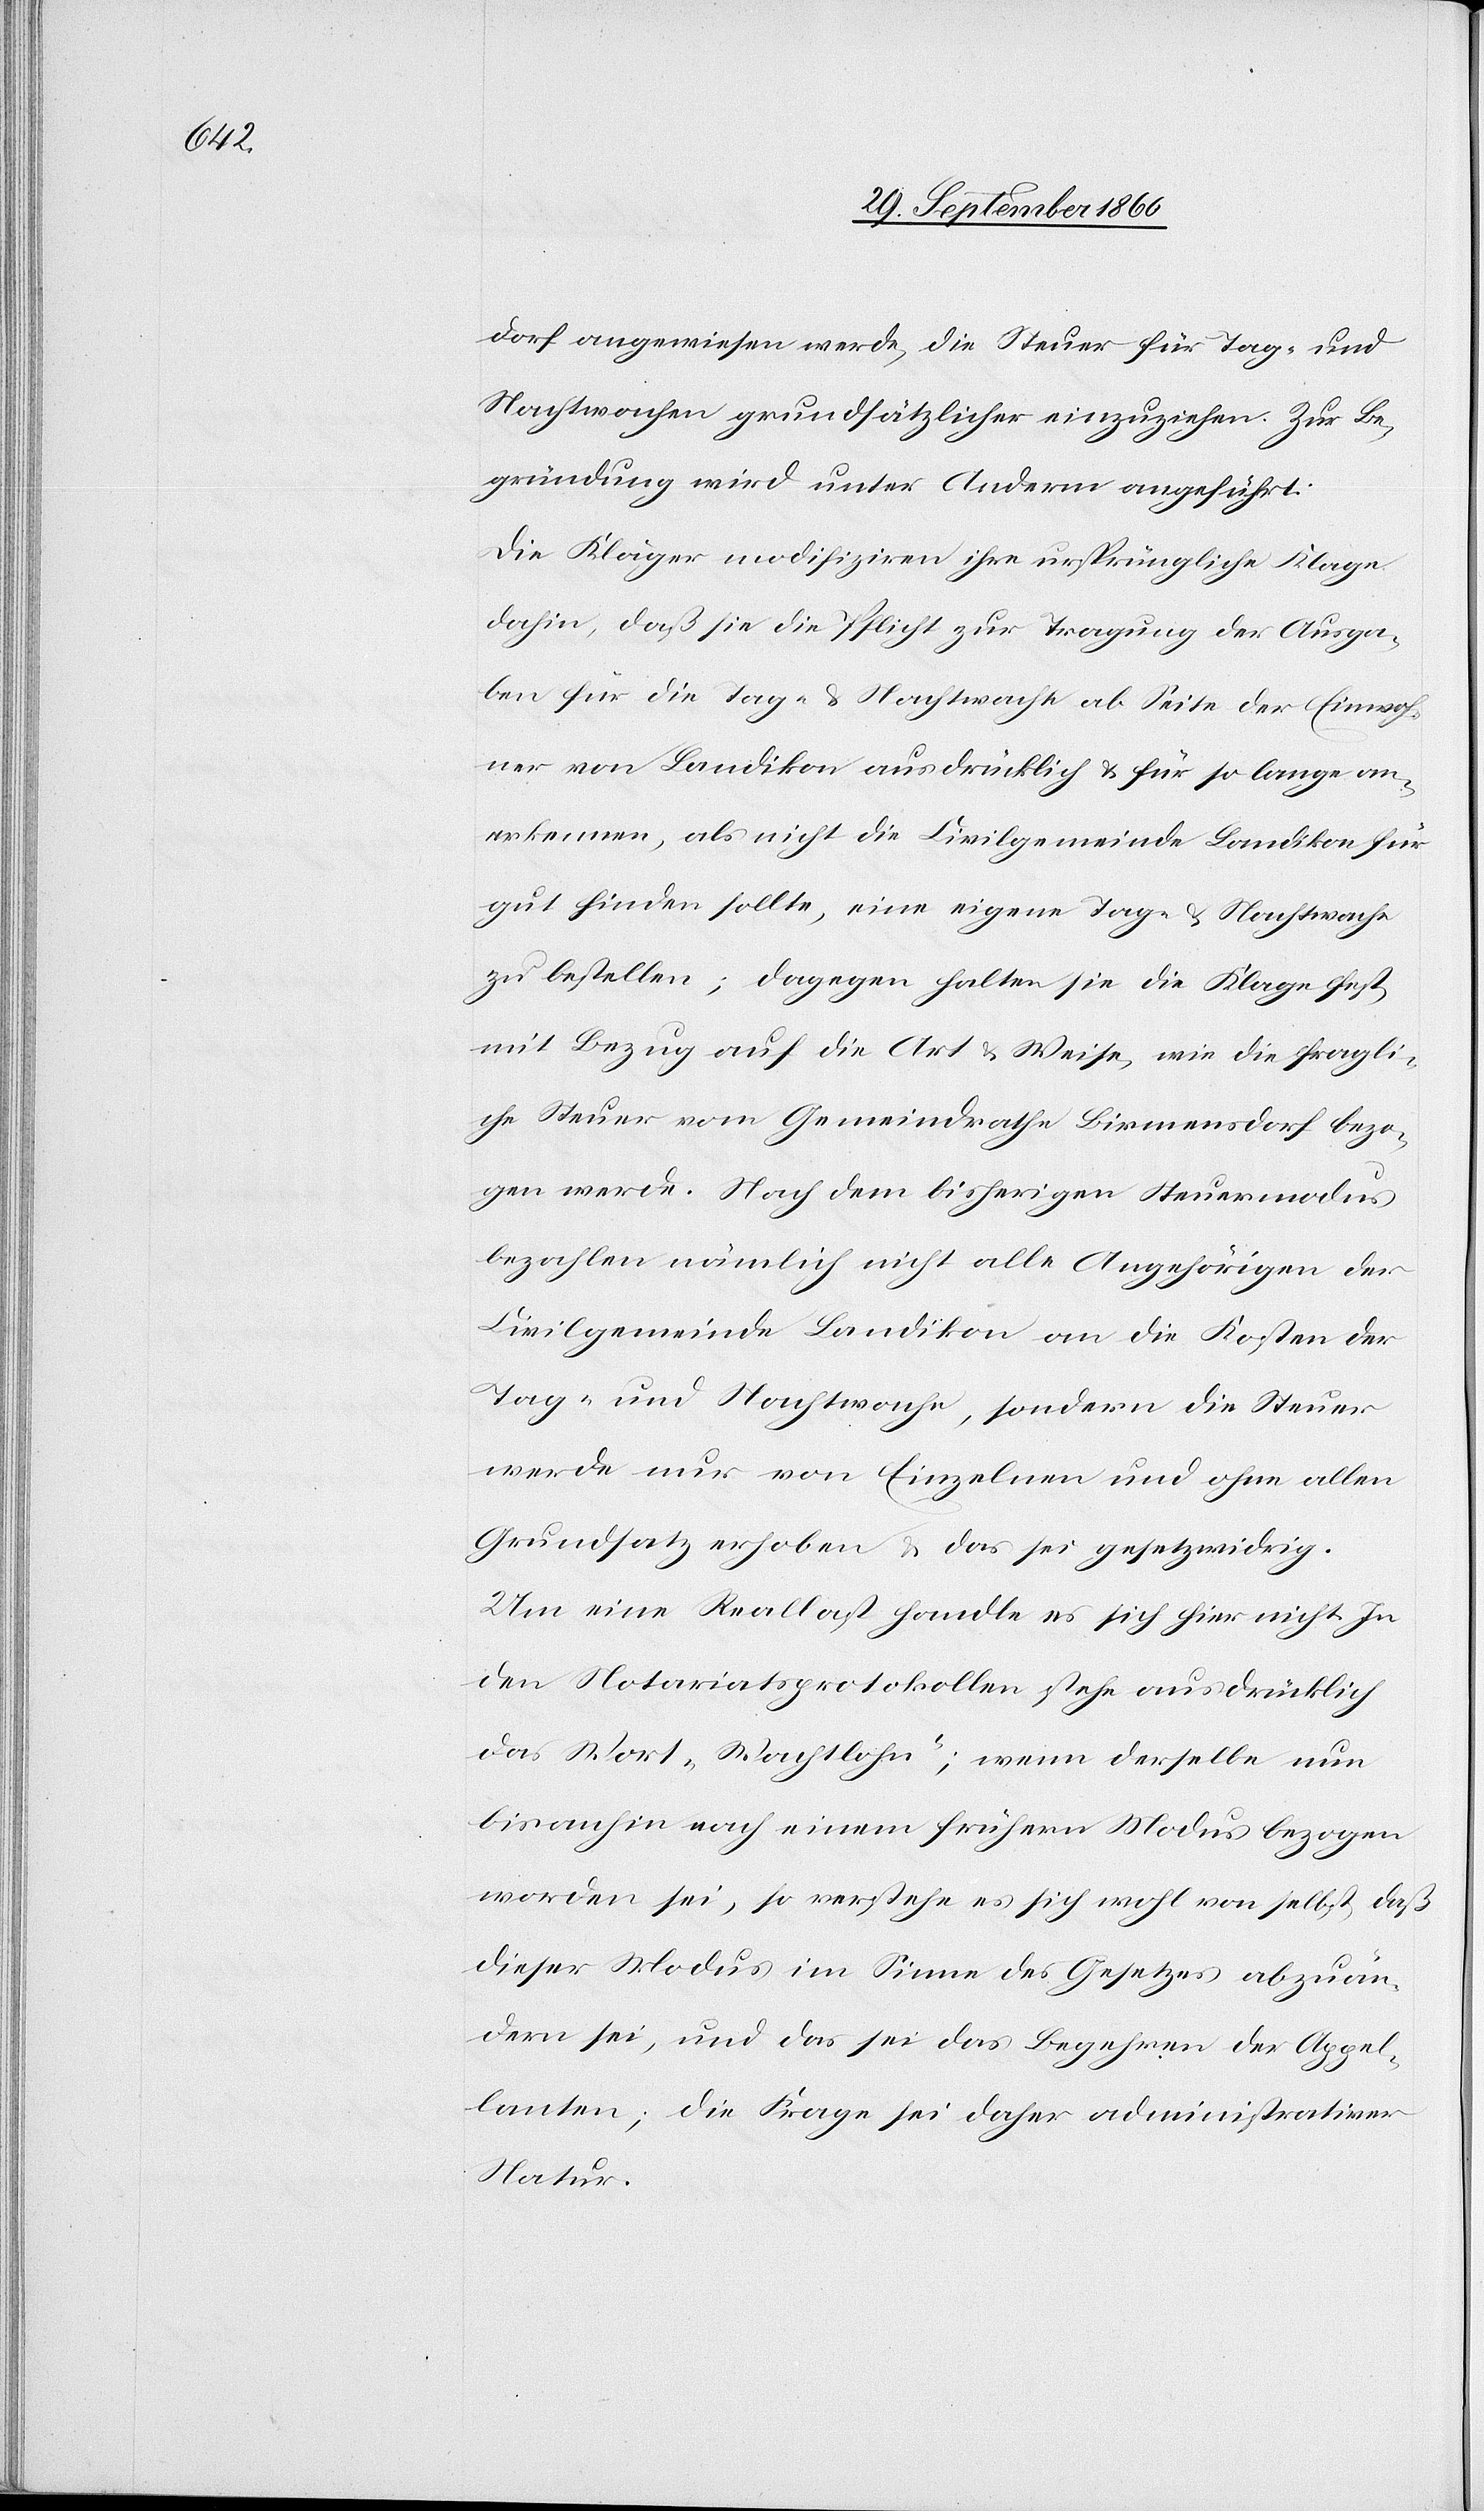
dorf angewiesen werde, die Steuer für Tag- und
Nachtwachen grundsätzlicher einzuziehen. Zur Be¬
gründung wird unter Anderm angeführt:
Die Kläger modifiziren ihre ursprüngliche Klage
dahin, daß sie die Pflicht zur Tragung der Ausga¬
ben für die Tag- & Nachtwache ab Seite der Einwoh¬
ner von Landikon ausdrücklich für so lang an¬
erkennen, als nicht die Civilgemeinde Landikon für
gut finden sollte, eine eigene Tag- & Nachtwache
zu bestellen; dagegen halten sie die Klage fest
mit Bezug auf die Art u. Weise, wie die fragli¬
che Steuer vom Gemeindrathe Birmensdorf bezo¬
gen werde. Nach dem bisherigen Steuermodus
bezahlen nämlich nicht alle Angehörigen der
Civilgemeinde Landikon an die Kosten der
Tag- und Nachtwache, sondern die Steuer
werde nur von Einzelnen und ohne allen
Grundsatz erhoben u. das sei gesetzwidrig.
Um eine Reallast handle es sich hier nicht. In
den Notariatsprotokollen stehe ausdrücklich
das Wort „Wachtlohn“; wenn derselbe nun
bis anhin nach einem frühern Modus bezogen
worden sei, so verstehe es sich von selbst, daß
dieser Modus im Sinne des Gesetzes abzuän¬
dern sei, und das sei das Begehren des Appel¬
lanten; die Frage sei daher administrativer
Natur.